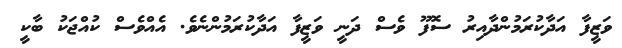
ވަޒީފާ އަދާކުރަމުންދާއިރު ސޮފޫ ވެސް ދަނީ ވަޒީފާ އަދާކުރަމުންނެވެ. އެއްވެސް ކުއްޖަކު ބާކީ